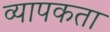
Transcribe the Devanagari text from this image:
व्‍यापकता